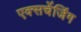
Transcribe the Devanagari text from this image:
एक्सचेंजिंग